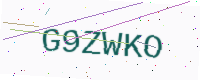
Text: G9ZWKO